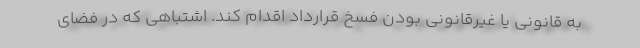
به قانونی یا غیرقانونی بودن فسخ قرارداد اقدام کند. اشتباهی که در فضای